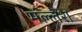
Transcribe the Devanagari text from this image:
मल्लेश